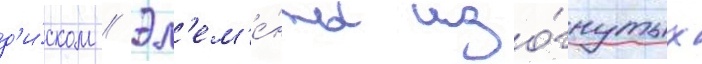
д'и́ском // Эл'ем'е́нты изо́гнутых